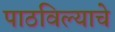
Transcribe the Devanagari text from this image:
पाठविल्याचे